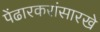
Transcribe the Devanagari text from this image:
पेंढारकरांसारखे